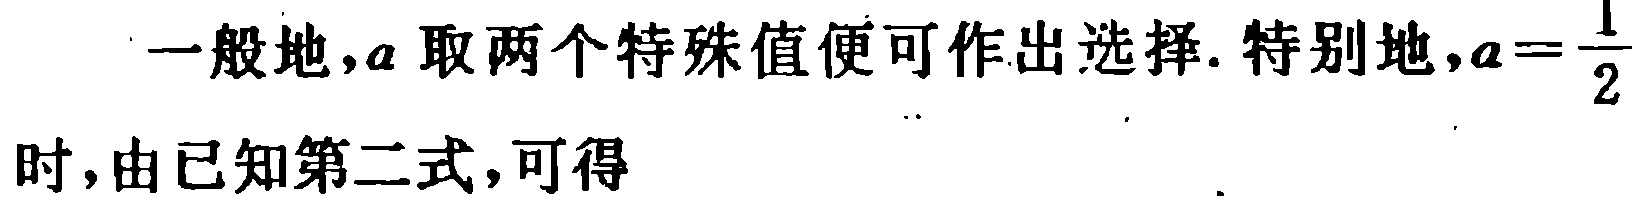
一般地，\(a\)取两个特殊值便可作出选择. 特别地，\(a = \dfrac{1}{2}\)时，由已知第二式，可得  。